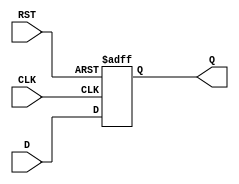
module synchronous_register (
    input wire [N-1:0] D,    // Data input
    input wire CLK,           // Clock input
    input wire RST,           // Reset input (active high)
    output reg [N-1:0] Q      // Data output
);
    parameter N = 8;          // Parameter to define the width of the register

    // Synchronous process
    always @(posedge CLK or posedge RST) begin
        if (RST) begin
            Q <= {N{1'b0}};    // Reset Q to 0 if RST is high
        end else begin
            Q <= D;            // Capture D on the rising edge of CLK
        end
    end

endmodule